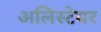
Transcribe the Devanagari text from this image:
अलिस्टेयर